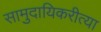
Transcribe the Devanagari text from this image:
सामुदायिकरीत्या